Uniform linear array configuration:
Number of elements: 12
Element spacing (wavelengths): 0.5
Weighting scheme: hann
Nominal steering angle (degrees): -15
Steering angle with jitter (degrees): -16.609
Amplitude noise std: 0.05
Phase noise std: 0.05

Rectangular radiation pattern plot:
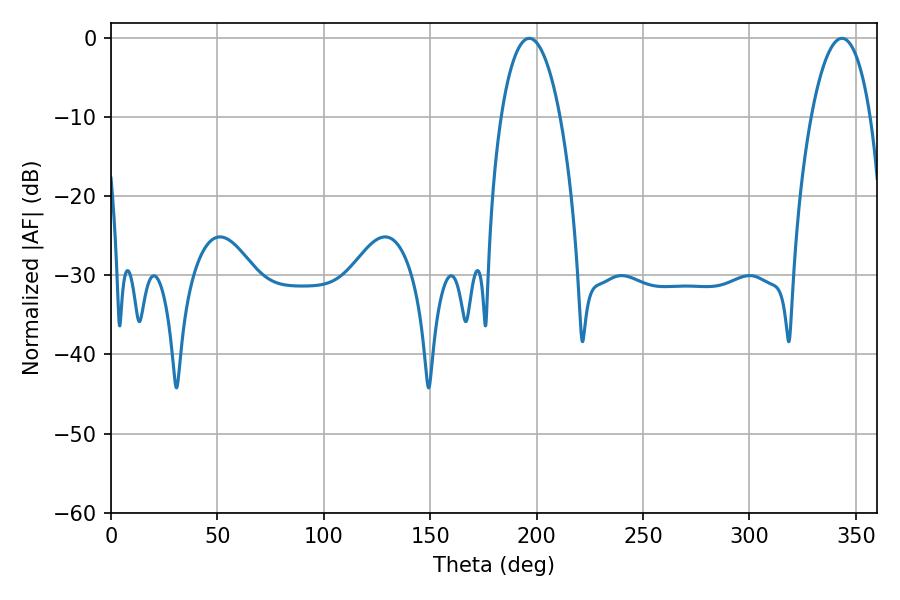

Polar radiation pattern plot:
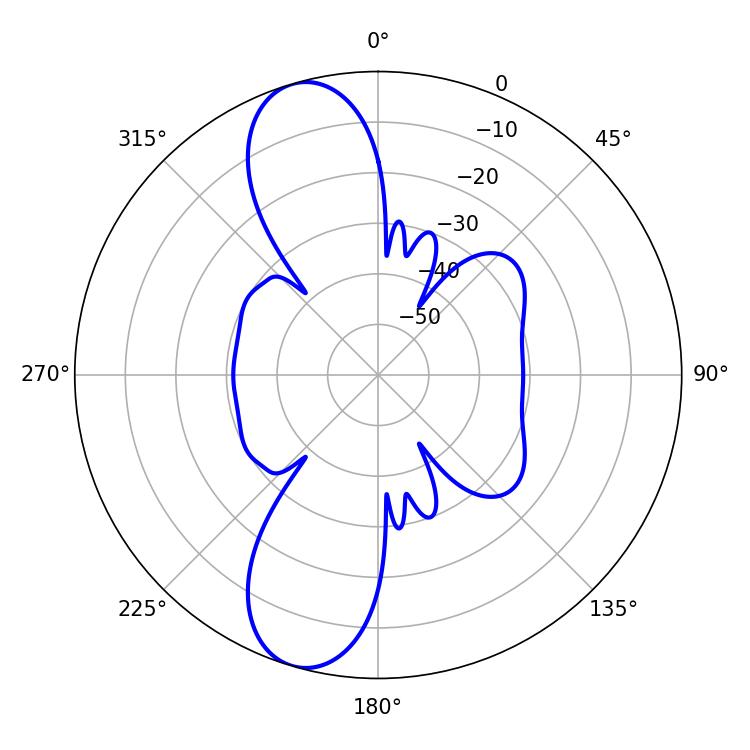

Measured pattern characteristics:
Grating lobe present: FALSE
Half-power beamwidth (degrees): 15.48
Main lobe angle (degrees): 196.56